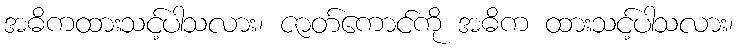
အဓိကထားသင့်ပါသလား၊ ဇာတ်ကောင်ကို အဓိက ထားသင့်ပါသလား၊